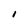
Character: 1